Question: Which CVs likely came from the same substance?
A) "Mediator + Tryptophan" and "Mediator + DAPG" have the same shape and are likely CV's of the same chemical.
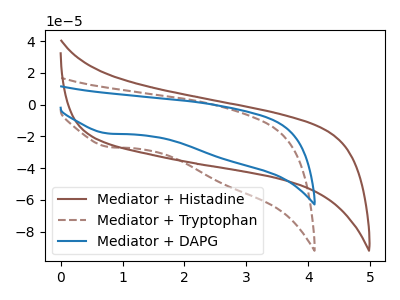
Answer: <think>The brown curve "Mediator + Histadine" has no peaks. The brown dashed curve "Mediator + Tryptophan" has a cathodic peak at: (0.75V, -26.65uA). The blue curve "Mediator + DAPG" has a cathodic peak at: (0.75V, -18.20uA).
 "Mediator + Histadine" and "Mediator + Tryptophan" have a different number of peaks. "Mediator + Histadine" and "Mediator + DAPG" have a different number of peaks. All the peaks in "Mediator + Tryptophan" have a peak in "Mediator + DAPG" at the same potential. Every peak in "Mediator + Tryptophan" is higher than every peak in "Mediator + DAPG".</think>
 <answer>A) "Mediator + Tryptophan" and "Mediator + DAPG" have the same shape and are likely CV's of the same chemical.</answer>
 <eval>A</eval>